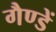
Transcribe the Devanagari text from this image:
गैण्डें